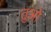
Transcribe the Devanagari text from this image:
तुओ